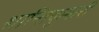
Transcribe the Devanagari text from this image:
शान्तिकुमारी